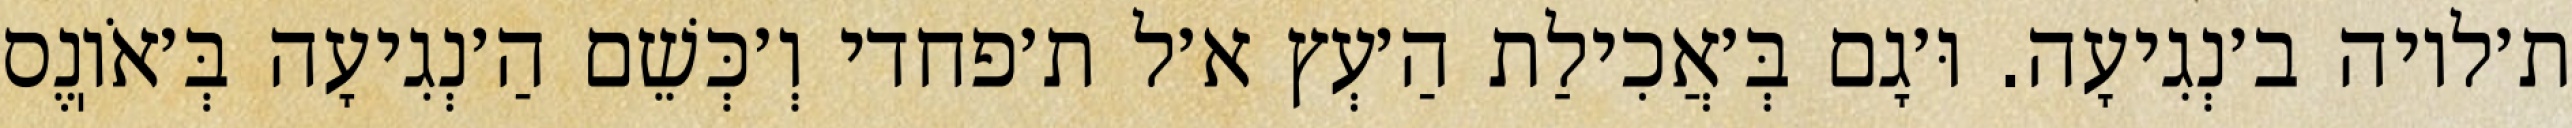
ת׳לויה ב׳נְגִיעָה. וּ׳גָם בְּ׳אֲכִילַת הַ׳עְץ א׳ל ת׳פחדי וְ׳כְּשֵׁם הַ׳נְגִיעָה בְּ׳אֹוֽנֶס